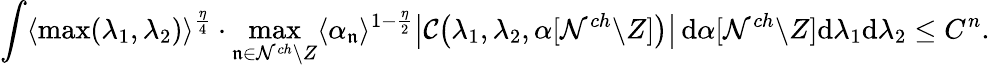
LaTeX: \int\langle\operatorname*{max}(\lambda_{1},\lambda_{2})\rangle^{\frac{\eta}{4}}\cdot\operatorname*{max}_{\mathfrak n\in\mathcal N^{ch}\backslash Z}\langle\alpha_{\mathfrak n}\rangle^{1-\frac{\eta}{2}}\big|\mathcal C\big(\lambda_{1},\lambda_{2},\alpha[\mathcal N^{ch}\backslash Z]\big)\big|\, \mathrm{d}\alpha[\mathcal N^{ch}\backslash Z]\mathrm{d}\lambda_{1}\mathrm{d}\lambda_{2}\leq C^{n}.